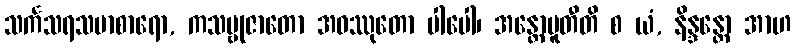
သင်္ကသရသမာစာရော, ကသမ္ဗုဇာတော အဝဿုတော ပါပေါ၊ အန္တောပူတီတိ စ ယံ, နိန္ဒန္တော အာဟ